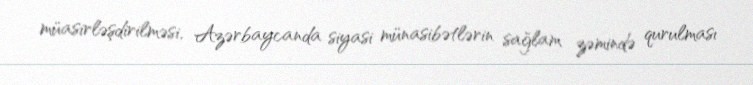
müasirləşdirilməsi, Azərbaycanda siyasi münasibətlərin sağlam zəmində qurulması